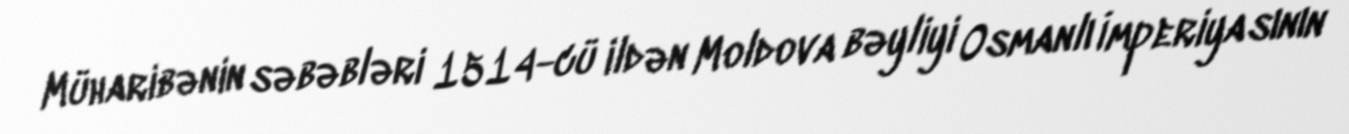
Müharibənin səbəbləri 1514-cü ildən Moldova bəyliyi Osmanlı İmperiyasının